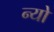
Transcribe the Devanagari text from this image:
न्यो